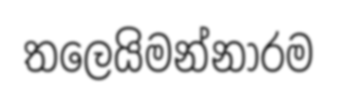
තලෙයිමන්නාරම